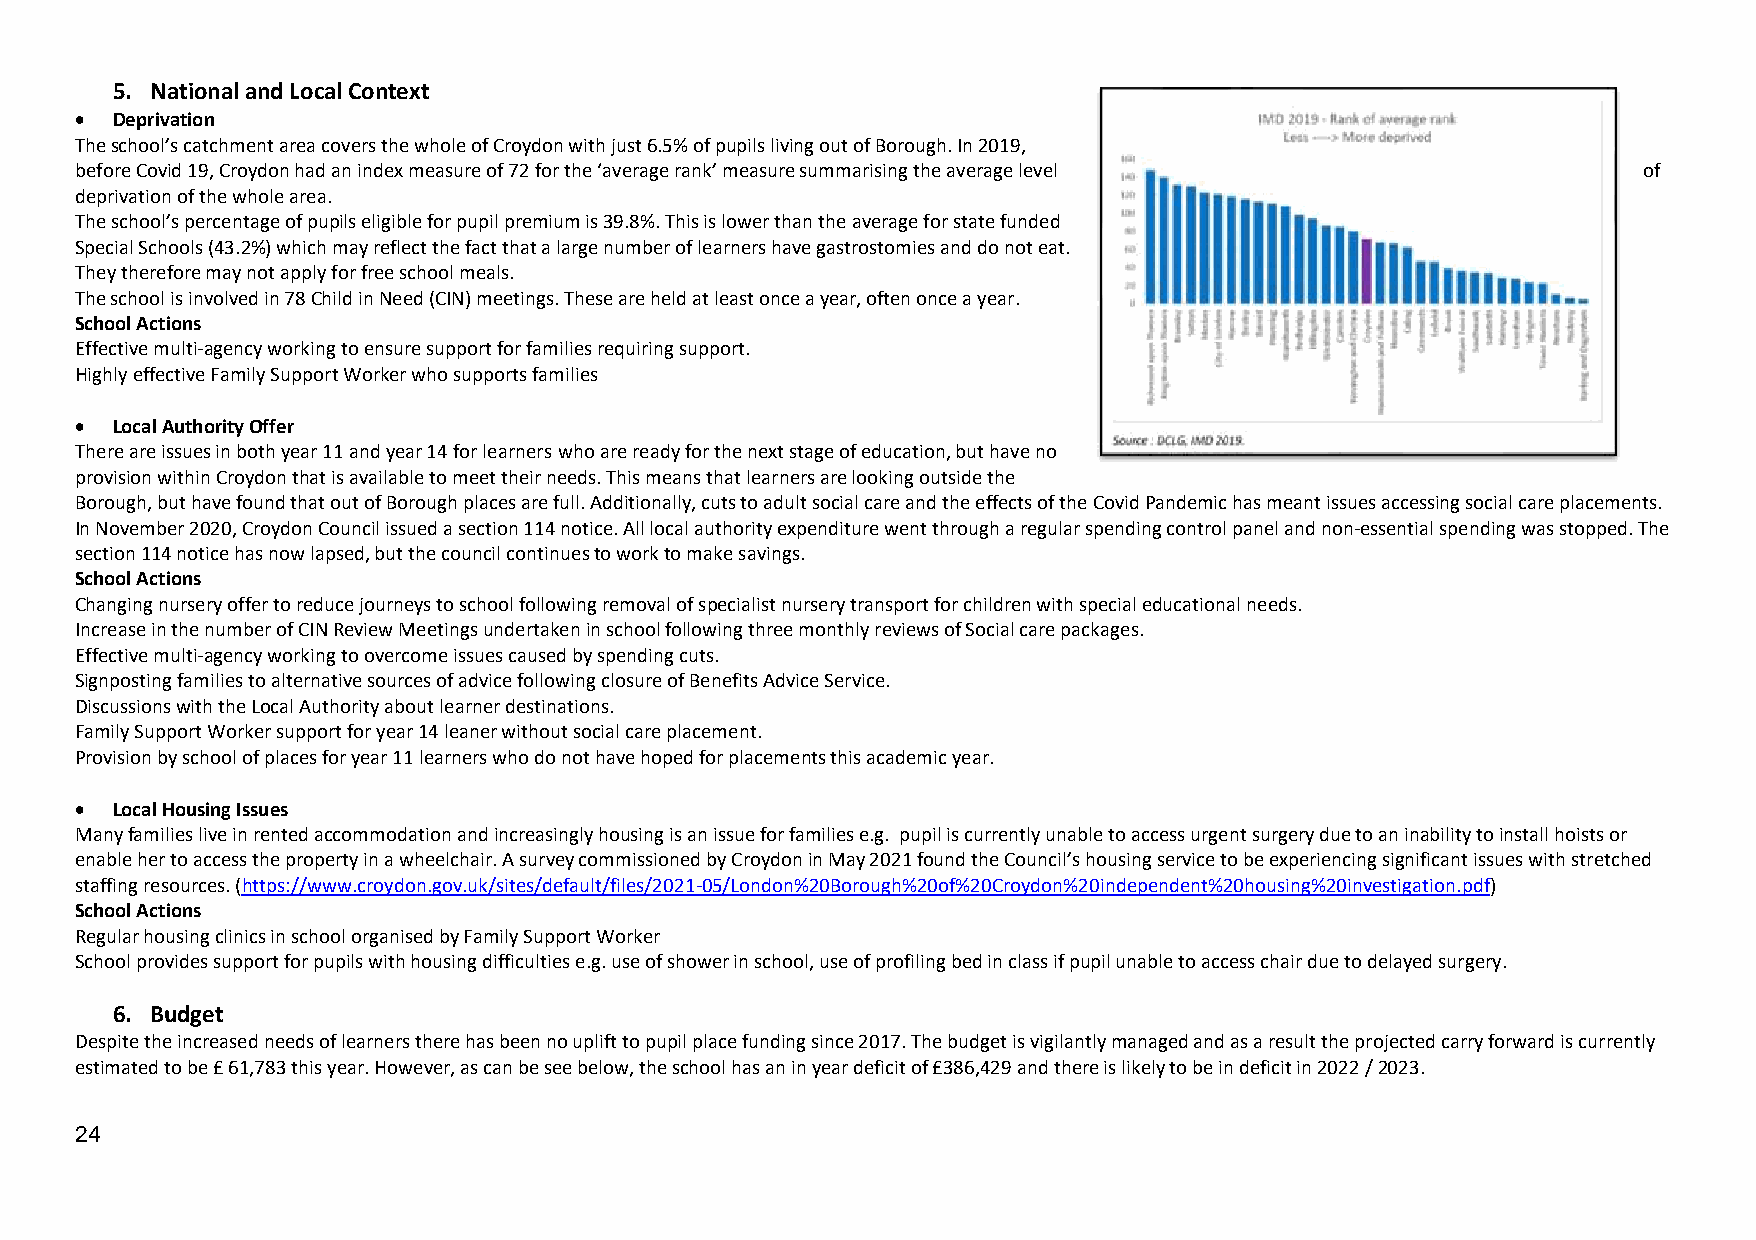
5. National and Local Context
 • Deprivation
 The school’s catchment area covers the whole of Croydon with just 6.5% of pupils living out of Borough. In 2019,
 before Covid 19, Croydon had an index measure of 72 for the ‘average rank’ measure summarising the average level of
 deprivation of the whole area.
 The school’s percentage of pupils eligible for pupil premium is 39.8%. This is lower than the average for state funded
 Special Schools (43.2%) which may reflect the fact that a large number of learners have gastrostomies and do not eat.
 They therefore may not apply for free school meals.
 The school is involved in 78 Child in Need (CIN) meetings. These are held at least once a year, often once a year.
 School Actions
 Effective multi-agency working to ensure support for families requiring support.
 Highly effective Family Support Worker who supports families
 • Local Authority Offer
 There are issues in both year 11 and year 14 for learners who are ready for the next stage of education, but have no
 provision within Croydon that is available to meet their needs. This means that learners are looking outside the
 Borough, but have found that out of Borough places are full. Additionally, cuts to adult social care and the effects of the Covid Pandemic has meant issues accessing social care placements.
 In November 2020, Croydon Council issued a section 114 notice. All local authority expenditure went through a regular spending control panel and non-essential spending was stopped. The
 section 114 notice has now lapsed, but the council continues to work to make savings.
 School Actions
 Changing nursery offer to reduce journeys to school following removal of specialist nursery transport for children with special educational needs.
 Increase in the number of CIN Review Meetings undertaken in school following three monthly reviews of Social care packages.
 Effective multi-agency working to overcome issues caused by spending cuts.
 Signposting families to alternative sources of advice following closure of Benefits Advice Service.
 Discussions with the Local Authority about learner destinations.
 Family Support Worker support for year 14 leaner without social care placement.
 Provision by school of places for year 11 learners who do not have hoped for placements this academic year.
 • Local Housing Issues
 Many families live in rented accommodation and increasingly housing is an issue for families e.g. pupil is currently unable to access urgent surgery due to an inability to install hoists or
 enable her to access the property in a wheelchair. A survey commissioned by Croydon in May 2021 found the Council’s housing service to be experiencing significant issues with stretched
 staffing resources. (https://www.croydon.gov.uk/sites/default/files/2021-05/London%20Borough%20of%20Croydon%20independent%20housing%20investigation.pdf)
 School Actions
 Regular housing clinics in school organised by Family Support Worker
 School provides support for pupils with housing difficulties e.g. use of shower in school, use of profiling bed in class if pupil unable to access chair due to delayed surgery.
 6. Budget
 Despite the increased needs of learners there has been no uplift to pupil place funding since 2017. The budget is vigilantly managed and as a result the projected carry forward is currently
 estimated to be £ 61,783 this year. However, as can be see below, the school has an in year deficit of £386,429 and there is likely to be in deficit in 2022 / 2023.
 24